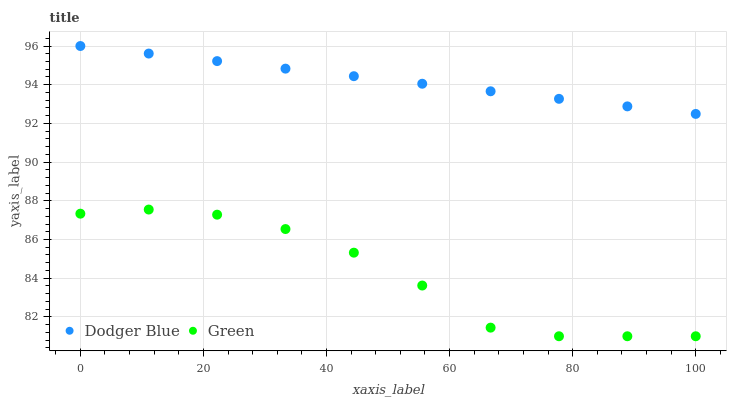
| xaxis_label | Dodger Blue | Green |
 | --- | --- | --- |
 | 0 | 96 | 87.3 |
 | 11.1 | 95.6 | 87.5 |
 | 22.2 | 95.2 | 87.3 |
 | 33.3 | 94.8 | 86.5 |
 | 44.4 | 94.4 | 85.3 |
 | 55.6 | 94.1 | 83.6 |
 | 66.7 | 93.7 | 81.4 |
 | 77.8 | 93.3 | 81 |
 | 88.9 | 92.9 | 81 |
 | 100 | 92.5 | 81 |